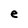
Character: e